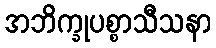
အဘိက္ခုပစ္စာသီသနာ